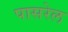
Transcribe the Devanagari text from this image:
पासरेल